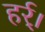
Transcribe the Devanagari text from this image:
हर्र्।